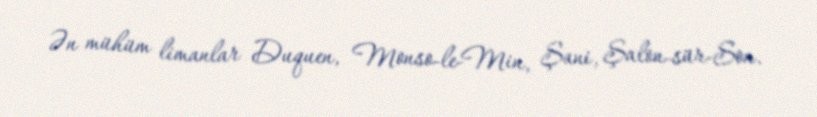
Ən mühüm limanlar Duquen, Monso-le-Min, Şani, Şalon-sür-Son.